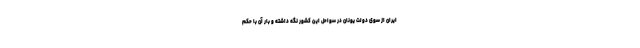
ایران از سوی دولت یونان در سواحل این کشور نگه داشته و بار آن با حکم